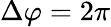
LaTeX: \Delta\varphi=2\pi